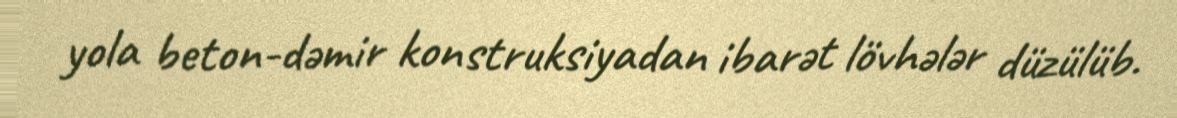
yola beton-dəmir konstruksiyadan ibarət lövhələr düzülüb.